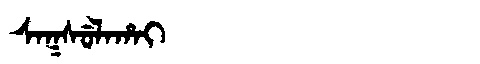
Manchu: ᠰᠠᡴᠰᡠᠯᠠᡥᠠᡳ
Romanization: SAKSULAHAI